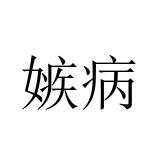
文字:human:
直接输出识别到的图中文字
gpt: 嫉病